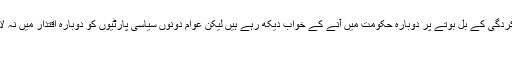
مسلم لیگ (ن) اور پیپلزپارٹی والے اپنی نام نہا د کارکردگی کے بل بوتے پر دوبارہ حکومت میں آنے کے خواب دیکھ رہے ہیں لیکن عوام دونوں سیاسی پارٹیوں کو دوبارہ اقتدار میں نہ لانے کامکمل خبر پڑھنے کیلئے یہاں پر کلک کیجئے
15/03/2016 - 16:28:20 :وقت اشاعت